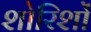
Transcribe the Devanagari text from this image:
शोरिशों